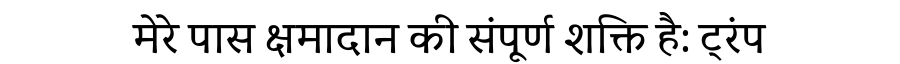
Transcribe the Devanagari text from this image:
मेरे पास क्षमादान की संपूर्ण शक्ति है: ट्रंप